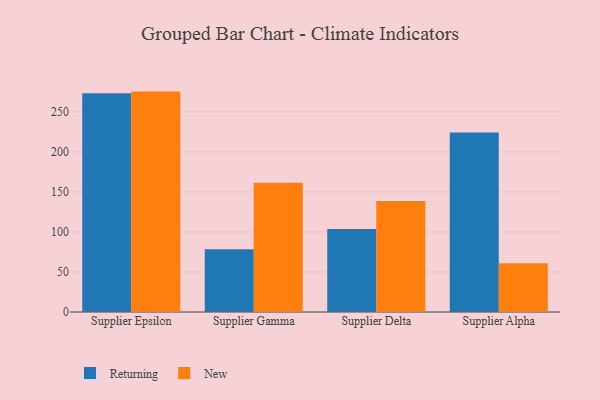
{"axis": {"x": "Supplier", "y": "Demand Index"}, "legend": ["New", "Returning"], "data": [{"x": "Supplier Epsilon", "y": 273.1, "type": "Returning"}, {"x": "Supplier Epsilon", "y": 275.3, "type": "New"}, {"x": "Supplier Gamma", "y": 78.3, "type": "Returning"}, {"x": "Supplier Gamma", "y": 161.5, "type": "New"}, {"x": "Supplier Delta", "y": 103.6, "type": "Returning"}, {"x": "Supplier Delta", "y": 138.6, "type": "New"}, {"x": "Supplier Alpha", "y": 224.1, "type": "Returning"}, {"x": "Supplier Alpha", "y": 60.8, "type": "New"}]}